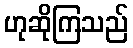
ဟုဆိုကြသည်